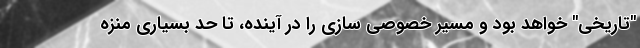
"تاریخی" خواهد بود و مسیر خصوصی سازی را در آینده، تا حد بسیاری منزه